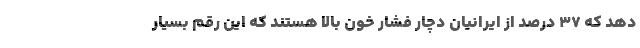
دهد که ۳۷ درصد از ایرانیان دچار فشار خون بالا هستند که این رقم بسیار